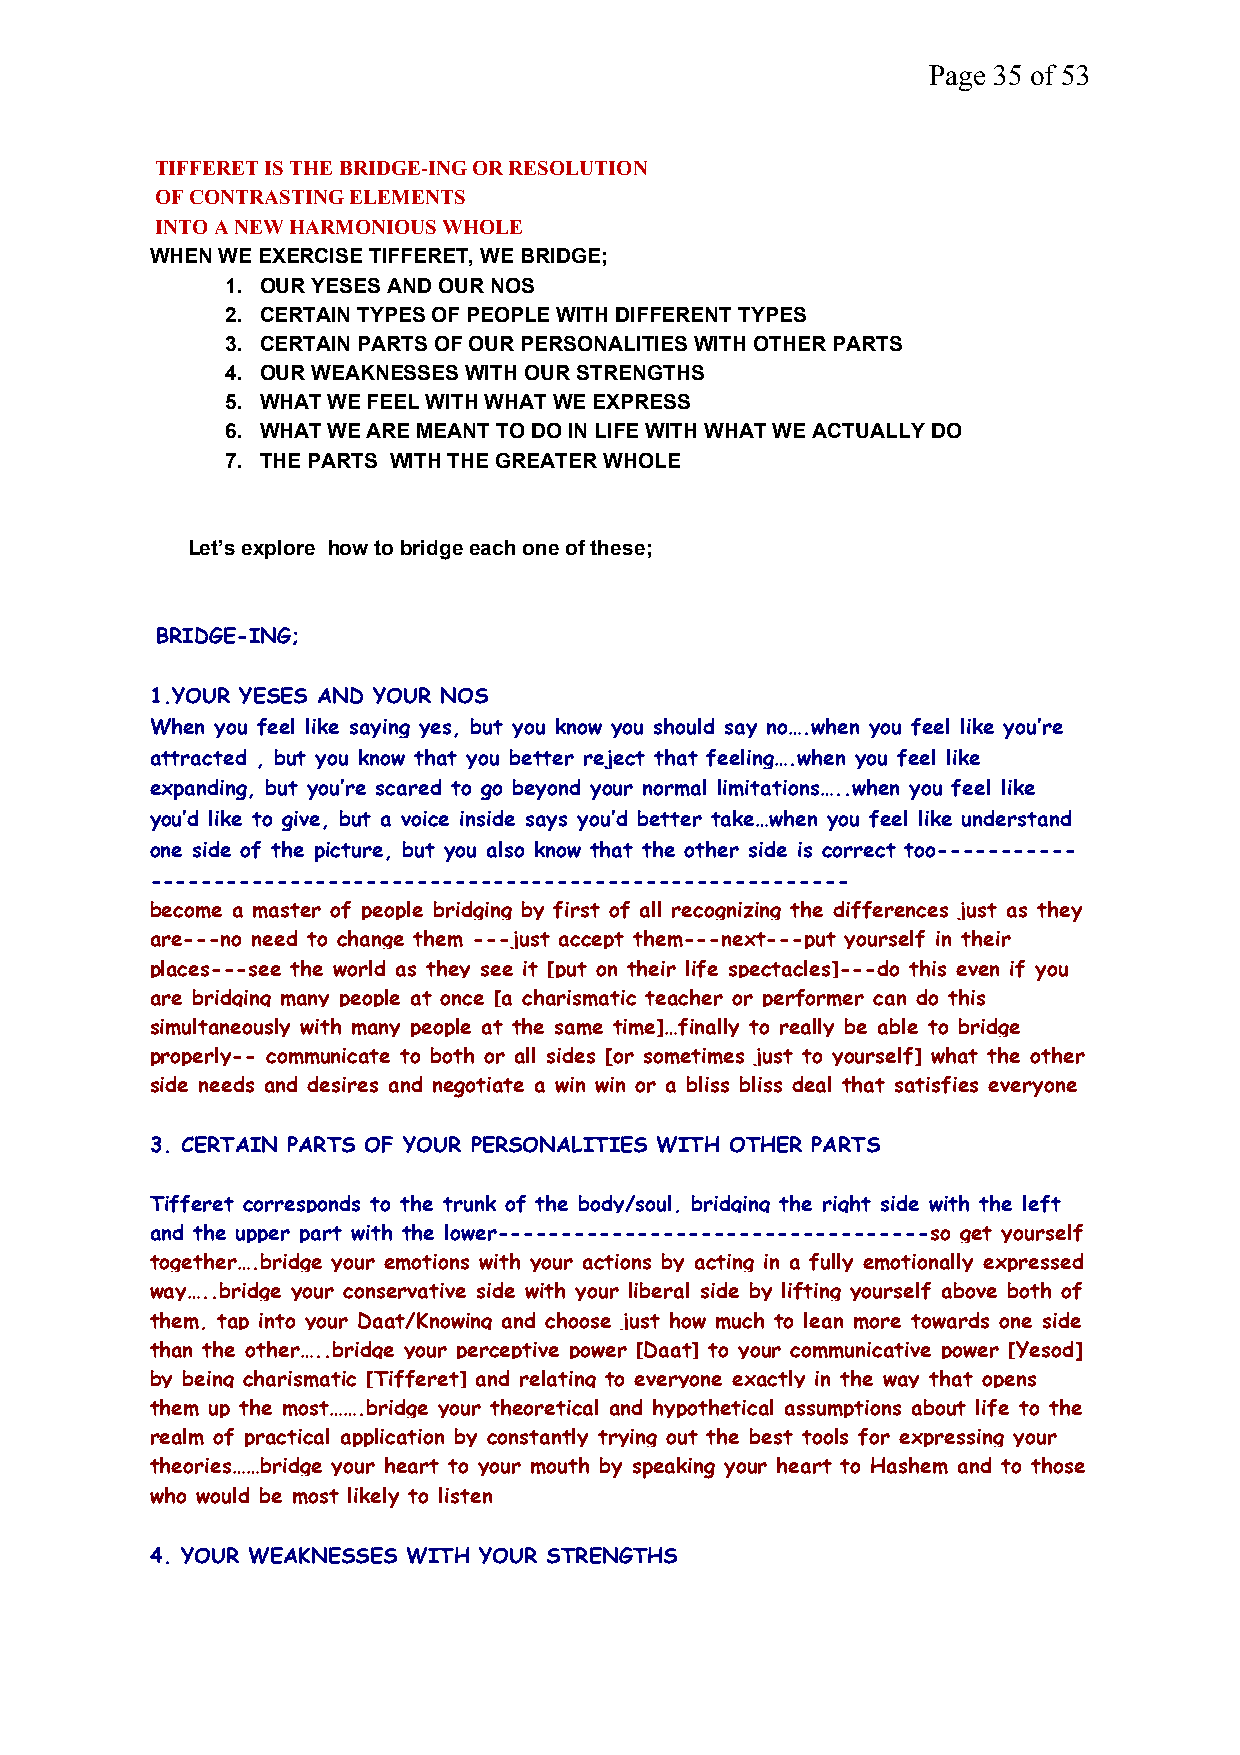
Page 35 of 53
 TIFFERET IS THE BRIDGE-ING OR RESOLUTION
 OF CONTRASTING ELEMENTS
 INTO A NEW HARMONIOUS WHOLE
 WHEN WE EXERCISE TIFFERET, WE BRIDGE;
 1. OUR YESES AND OUR NOS
 2. CERTAIN TYPES OF PEOPLE WITH DIFFERENT TYPES
 3. CERTAIN PARTS OF OUR PERSONALITIES WITH OTHER PARTS
 4. OUR WEAKNESSES WITH OUR STRENGTHS
 5. WHAT WE FEEL WITH WHAT WE EXPRESS
 6. WHAT WE ARE MEANT TO DO IN LIFE WITH WHAT WE ACTUALLY DO
 7. THE PARTS WITH THE GREATER WHOLE
 Let’s explore how to bridge each one of these;
 BRIDGE-ING;
 1.YOUR YESES AND YOUR NOS
 When you feel like saying yes, but you know you should say no….when you feel like you’re
 attracted , but you know that you better reject that feeling….when you feel like
 expanding, but you’re scared to go beyond your normal limitations…..when you feel like
 you’d like to give, but a voice inside says you’d better take…when you feel like understand
 one side of the picture, but you also know that the other side is correct too-----------
 -------------------------------------------------------
 become a master of people bridging by first of all recognizing the differences just as they
 are---no need to change them ---just accept them---next---put yourself in their
 places---see the world as they see it [put on their life spectacles]---do this even if you
 are bridging many people at once [a charismatic teacher or performer can do this
 simultaneously with many people at the same time]…finally to really be able to bridge
 properly-- communicate to both or all sides [or sometimes just to yourself] what the other
 side needs and desires and negotiate a win win or a bliss bliss deal that satisfies everyone
 3. CERTAIN PARTS OF YOUR PERSONALITIES WITH OTHER PARTS
 Tifferet corresponds to the trunk of the body/soul, bridging the right side with the left
 and the upper part with the lower----------------------------------so get yourself
 together….bridge your emotions with your actions by acting in a fully emotionally expressed
 way…..bridge your conservative side with your liberal side by lifting yourself above both of
 them, tap into your Daat/Knowing and choose just how much to lean more towards one side
 than the other…..bridge your perceptive power [Daat] to your communicative power [Yesod]
 by being charismatic [Tifferet] and relating to everyone exactly in the way that opens
 them up the most…….bridge your theoretical and hypothetical assumptions about life to the
 realm of practical application by constantly trying out the best tools for expressing your
 theories……bridge your heart to your mouth by speaking your heart to Hashem and to those
 who would be most likely to listen
 4. YOUR WEAKNESSES WITH YOUR STRENGTHS